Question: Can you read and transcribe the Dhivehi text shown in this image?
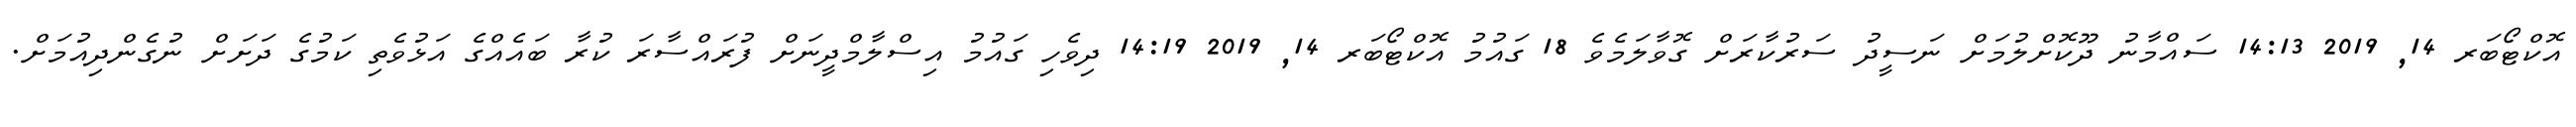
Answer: އޮކްޓޯބަރ 14, 2019 14:13 ސައްމާނު ދޫކޮށްލުމަށް ނަސީދު ސަރުކާރަށް ގޮވާލަމެވެ 18 ގައުމު އޮކްޓޯބަރ 14, 2019 14:19 ދިވެހި ގައުމު އިސްލާމްދީނަށް ފުރައްސާރަ ކުރާ ބައެއްގެ އަޅުވެތި ކަމުގެ ދަށަށް ނުގެންދިއުމަށް.